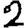
Digit: 2